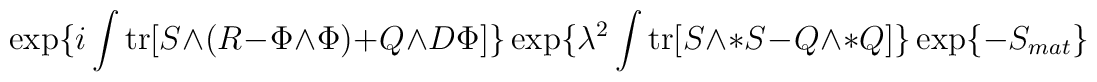
\exp \{ i \int \mbox{tr} [S \wedge (R - \Phi \wedge\Phi ) + Q \wedge D \Phi ] \} \exp \{ \lambda  ^2 \int \mbox{tr} [S\wedge *S - Q \wedge *Q] \} \exp \{ -S_{mat} \} \label U